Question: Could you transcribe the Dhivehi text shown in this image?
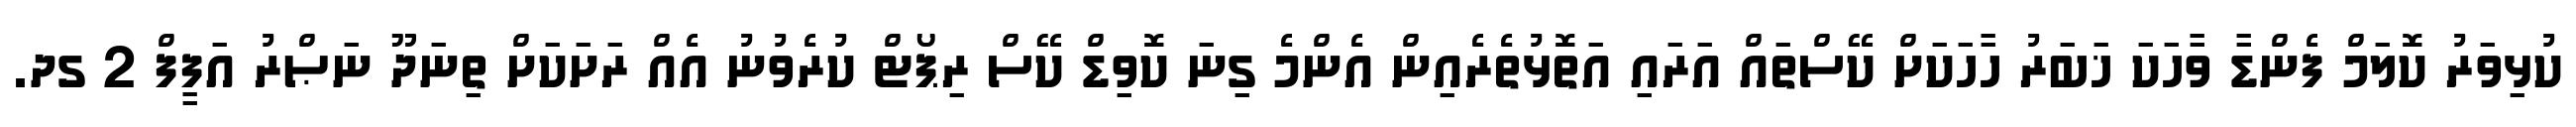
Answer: ކުޅިވަރު ކޮލަމް ފެންޑާ ވާހަކަ ޚަބަރު ހާހަކަށް ކޭސްތައް އަރައި އަތޮޅުތެރެއިން އެންމެ ގިނަ ކޮވިޑް ކޭސް ރިޕޯޓް ކުރެވުނު އެއް ރަށަކަށް ތިނަދޫ ނަޞްރު އަފީފް 2 ގދ.